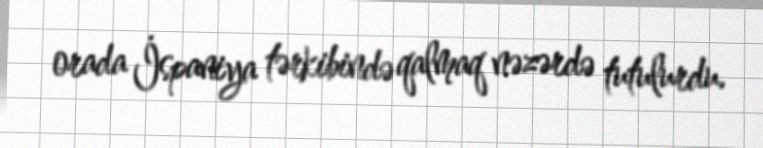
orada İspaniya tərkibində qalmaq nəzərdə tutulurdu.